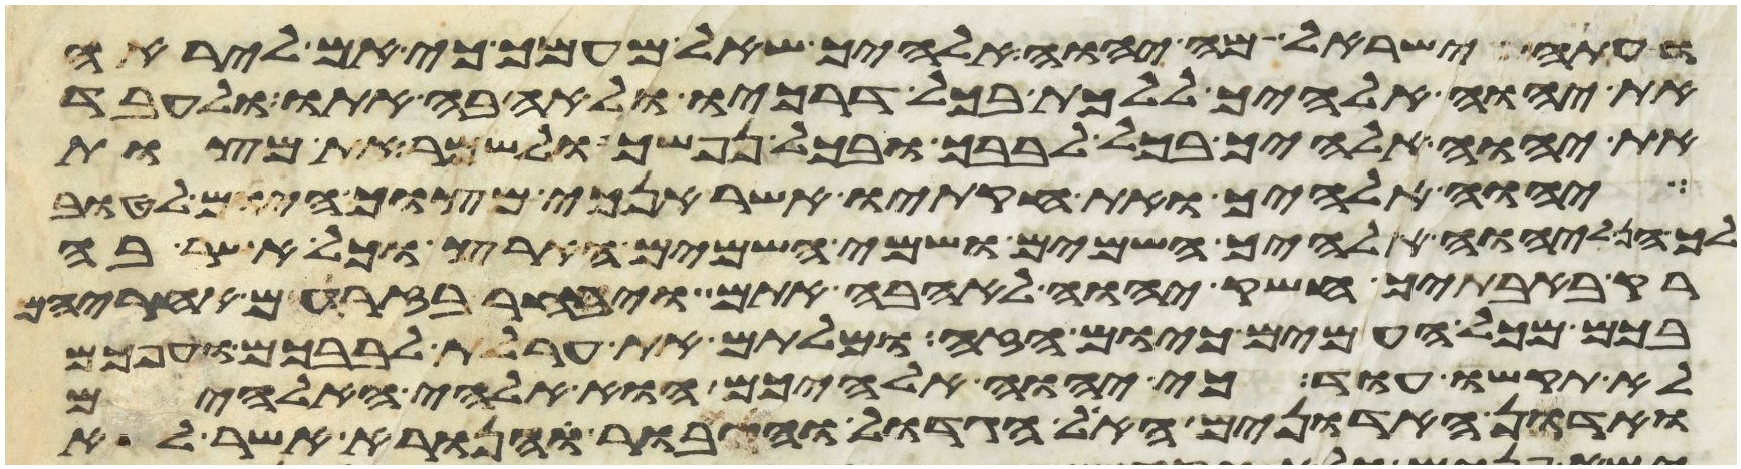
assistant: ועתה ישראל מה יהוה אלהיך שאל מעמך כי אם ליראה
את יהוה אלהיך ללכת בכל דרכיו ולאהבה אתו ולעבד
את יהוה אלהיך בכל לבבך ובכל נפשך ולשמר את מצות
יהוה אלהיך ואת חקתיו אשר אנכי מצוך היום לטוב
לך הן ליהוה אלהיך השמים ושמי השמים הארץ וכל אשר בה
רק באבתיך חשק יהוה לאהבה אתם ויבחר בזרעם אחריהם
בכם מכל העמים כיום הזה ומלתם את ערלת לבבכם וערפכם
לא תקשו עוד כי יהוה אלהיכם הוא אלהי האלהים
ואדון האדונים האל הגדול והגיבור והנורא אשר לא